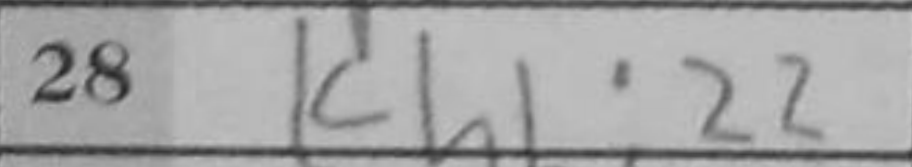
Transcription: Kh1